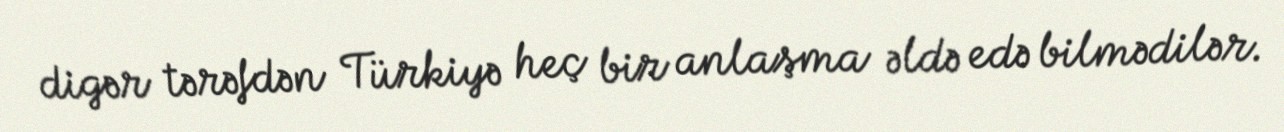
digər tərəfdən Türkiyə heç bir anlaşma əldə edə bilmədilər.